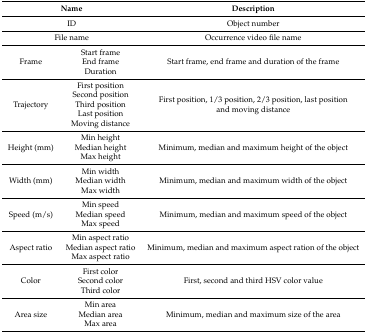
| <COLSPAN=2> Name | Description |
 | --- | --- | --- |
 | <COLSPAN=2> ID | Object number |
 | <COLSPAN=2> File name | Occurrence video file name |
 | <ROWSPAN=3> Frame | Start frame | <ROWSPAN=3> Start frame, end frame and duration of the frame |
 | End frame |
 | Duration |
 | <ROWSPAN=5> Trajectory | First position | <ROWSPAN=5> First position, 1/3 position, 2/3 position, last position and moving distance |
 | Second position |
 | Third position |
 | Last position |
 | Moving distance |
 | <ROWSPAN=3> Height (mm) | Min height | <ROWSPAN=3> Minimum, median and maximum height of the object |
 | Median height |
 | Max height |
 | <ROWSPAN=3> Width (mm) | Min width | <ROWSPAN=3> Minimum, median and maximum width of the object |
 | Median width |
 | Max width |
 | <ROWSPAN=3> Speed (m/s) | Min speed | <ROWSPAN=3> Minimum, median and maximum speed of the object |
 | Median speed |
 | Max speed |
 | <ROWSPAN=3> Aspect ratio | Min aspect ratio | <ROWSPAN=3> Minimum, median and maximum aspect ration of the object |
 | Median aspect ratio |
 | Max aspect ratio |
 | <ROWSPAN=3> Color | First color | <ROWSPAN=3> First, second and third HSV color value |
 | Second color |
 | Third color |
 | <ROWSPAN=3> Area size | Min area | <ROWSPAN=3> Minimum, median and maximum size of the area |
 | Median area |
 | Max area |